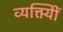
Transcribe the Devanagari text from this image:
व्यक्त्याेिं